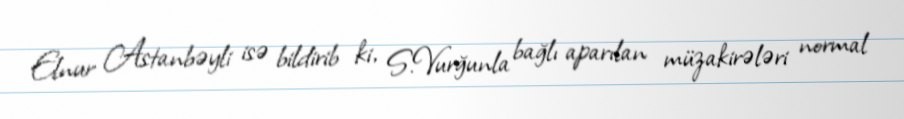
Elnur Astanbəyli isə bildirib ki, S.Vurğunla bağlı aparılan müzakirələri normal